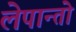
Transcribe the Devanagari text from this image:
लेपान्तो